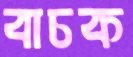
বাচক